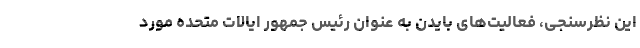
این نظرسنجی، فعالیت‌های بایدن به عنوان رئیس جمهور ایالات متحده مورد